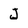
Character: J